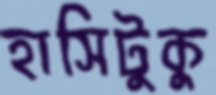
হাসিটুকু